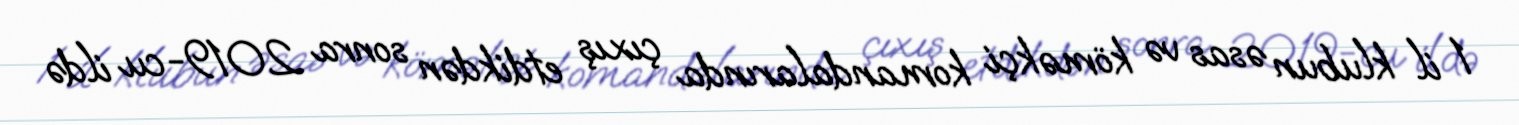
1 il klubun əsas və köməkçi komandalarında çıxış etdikdən sonra 2019-cu ildə